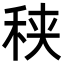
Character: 𥞦